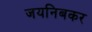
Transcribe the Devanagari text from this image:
जयनिबकर